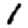
Digit: 1